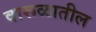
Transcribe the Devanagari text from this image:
वारूळातील